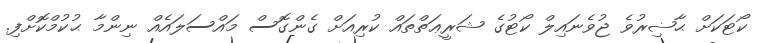
ކޯޓަކަށް ޙާޟިރުވެ ޖުވެނައިލް ކޯޓުގެ ޝަރީޢަތްތައް ކުރިއަށް ގެންގޮސް މައްސަލައެއް ނިންމާ ޙުކުމްކޮށްފި.